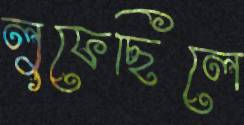
লুফেছিলে